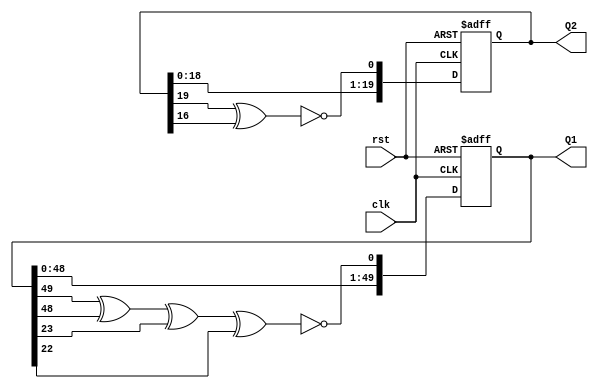
`timescale 1ns / 1ps
//////////////////////////////////////////////////////////////////////////////////
// Module Name:     LFSR
// Project Name:    CoinCollector   
// Description:     LFSR (Linear-Feedback Shift Register) is used as a 
//                  pseudorandom number generator for the x and/or y 
//                  coordinates of sprite's spawn location in the
//                  640 x 480 display area. 
// Revision 0.01 -  File Created
//////////////////////////////////////////////////////////////////////////////////

module LFSR
    (
        input             clk,
        input             rst,
        output reg [49:0] Q1,
        output reg [19:0] Q2
    );
    
    // Taps for a 50-bit long LFSR: 50, 49, 24, 23 
    // Taps for a 20-bit long LFSR: 20, 17
    
    wire feedback1 = ~(Q1[49] ^ Q1[48] ^ Q1[23] ^ Q1[22]);
    wire feedback2 = ~(Q2[19] ^ Q2[16]);
    
    always @(posedge clk or posedge rst)
        begin
            if(rst)
                begin
                    Q1 <= 50'b0;
                    Q2 <= 20'b0; 
                end
            else begin
                Q1 <= {Q1[48:0], feedback1};
                Q2 <= {Q2[18:0], feedback2};
            end  
        end  
endmodule